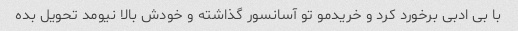
با بی ادبی برخورد کرد و خریدمو تو آسانسور گذاشته و خودش بالا نیومد تحویل بده